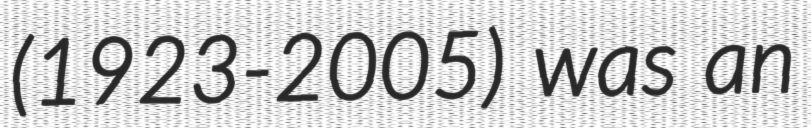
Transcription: (1923-2005) was an